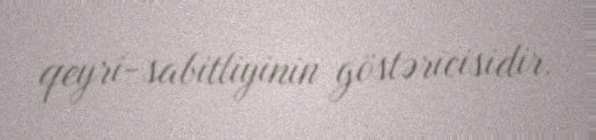
qeyri-sabitliyinin göstəricisidir.